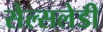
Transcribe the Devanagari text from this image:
सेल्सलेडी